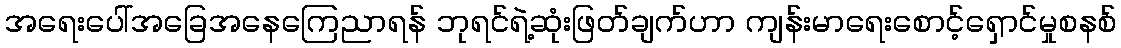
အရေးပေါ်အခြေအနေကြေညာရန် ဘုရင်ရဲ့ဆုံးဖြတ်ချက်ဟာ ကျန်းမာရေးစောင့်ရှောင်မှုစနစ်